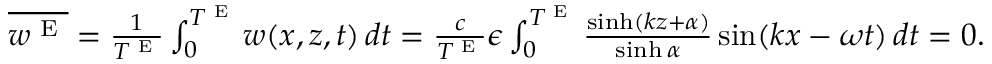
\begin{array} { r } { \overline { { w ^ { \textnormal { E } } } } = \frac { 1 } { T ^ { \textnormal { E } } } \int _ { 0 } ^ { T ^ { \textnormal { E } } } w ( x , z , t ) \, d t = \frac { c } { T ^ { \textnormal { E } } } \epsilon \int _ { 0 } ^ { T ^ { \textnormal { E } } } \frac { \sinh ( k z + { \alpha } ) } { \sinh { \alpha } } \sin ( k x - \omega t ) \, d t = 0 . } \end{array}